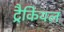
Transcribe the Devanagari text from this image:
ट्रैकियल